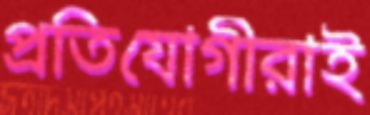
প্রতিযোগীরাই